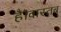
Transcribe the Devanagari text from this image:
है।वास्तब